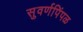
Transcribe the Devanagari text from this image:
सुवर्णपिंपळ